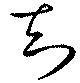
知